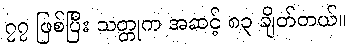
၇၇ ဖြစ်ပြီး သတ္တုက အဆင့် ၈၃ ချိတ်တယ်။